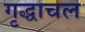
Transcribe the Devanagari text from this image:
गृद्धाचल